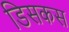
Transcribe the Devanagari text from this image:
डिसकस